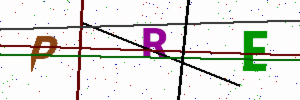
Text: PRE